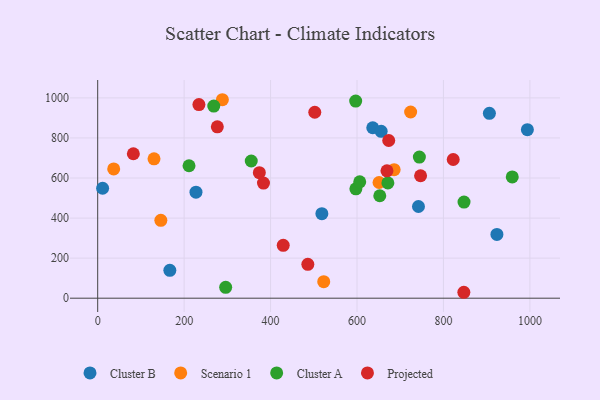
{"axis": {"x": "Experience", "y": "Profit"}, "legend": ["Cluster A", "Cluster B", "Projected", "Scenario 1"], "data": [{"x": "923.7", "y": 318.2, "type": "Cluster B"}, {"x": "166.9", "y": 139.0, "type": "Cluster B"}, {"x": "906.3", "y": 922.8, "type": "Cluster B"}, {"x": "518.7", "y": 422.2, "type": "Cluster B"}, {"x": "636.4", "y": 850.8, "type": "Cluster B"}, {"x": "742.2", "y": 457.9, "type": "Cluster B"}, {"x": "227.4", "y": 529.3, "type": "Cluster B"}, {"x": "994.2", "y": 841.2, "type": "Cluster B"}, {"x": "655.9", "y": 833.2, "type": "Cluster B"}, {"x": "11.4", "y": 548.9, "type": "Cluster B"}, {"x": "685.9", "y": 641.4, "type": "Scenario 1"}, {"x": "130.3", "y": 695.8, "type": "Scenario 1"}, {"x": "146.1", "y": 388.6, "type": "Scenario 1"}, {"x": "651.0", "y": 577.6, "type": "Scenario 1"}, {"x": "523.0", "y": 82.5, "type": "Scenario 1"}, {"x": "37.0", "y": 645.3, "type": "Scenario 1"}, {"x": "724.1", "y": 929.6, "type": "Scenario 1"}, {"x": "288.5", "y": 990.8, "type": "Scenario 1"}, {"x": "847.6", "y": 479.9, "type": "Cluster A"}, {"x": "597.4", "y": 545.9, "type": "Cluster A"}, {"x": "671.4", "y": 575.5, "type": "Cluster A"}, {"x": "744.3", "y": 704.6, "type": "Cluster A"}, {"x": "596.9", "y": 984.2, "type": "Cluster A"}, {"x": "606.3", "y": 581.0, "type": "Cluster A"}, {"x": "211.3", "y": 661.1, "type": "Cluster A"}, {"x": "355.3", "y": 684.8, "type": "Cluster A"}, {"x": "268.6", "y": 958.9, "type": "Cluster A"}, {"x": "296.1", "y": 54.2, "type": "Cluster A"}, {"x": "652.7", "y": 511.5, "type": "Cluster A"}, {"x": "959.2", "y": 605.4, "type": "Cluster A"}, {"x": "669.3", "y": 635.8, "type": "Projected"}, {"x": "82.5", "y": 721.0, "type": "Projected"}, {"x": "234.2", "y": 966.4, "type": "Projected"}, {"x": "276.8", "y": 855.7, "type": "Projected"}, {"x": "822.6", "y": 692.3, "type": "Projected"}, {"x": "374.0", "y": 626.8, "type": "Projected"}, {"x": "502.3", "y": 928.3, "type": "Projected"}, {"x": "673.4", "y": 787.2, "type": "Projected"}, {"x": "747.1", "y": 611.4, "type": "Projected"}, {"x": "847.2", "y": 29.6, "type": "Projected"}, {"x": "383.6", "y": 574.6, "type": "Projected"}, {"x": "429.3", "y": 264.2, "type": "Projected"}, {"x": "486.2", "y": 168.9, "type": "Projected"}]}